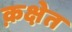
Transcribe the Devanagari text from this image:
क़क्षेत